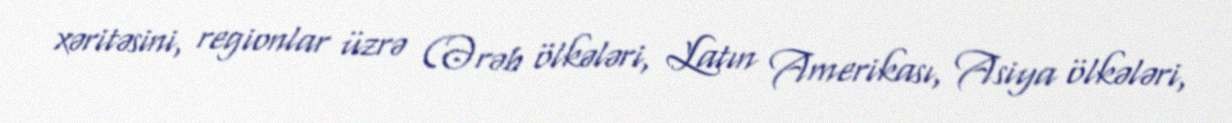
xəritəsini, regionlar üzrə (Ərəb ölkələri, Latın Amerikası, Asiya ölkələri,